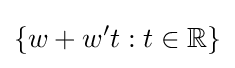
\{w+w't:t\in \mathbb {R} \}